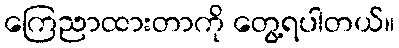
ကြေညာထားတာကို တွေ့ရပါတယ်။